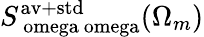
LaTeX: S_{\mathrm{\ omega\ omega}}^{\mathrm{av+std}}(\Omega_{m})